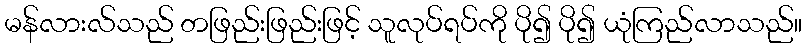
မန်လားလ်သည် တဖြည်းဖြည်းဖြင့် သူလုပ်ရပ်ကို ပို၍ ပို၍ ယုံကြည်လာသည်။